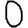
Digit: 0